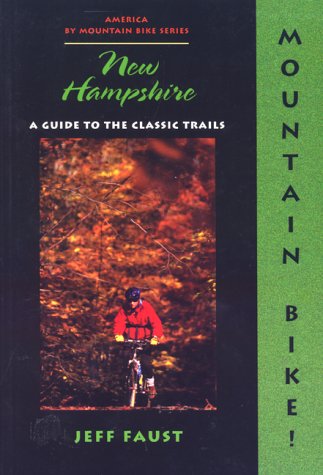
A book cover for Mountain Bike! New Hampshire (America by Mountain Bike Series); Jeff Faust; Travel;